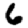
Digit: 6